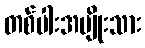
တစ်ပါးအမျိုးသား